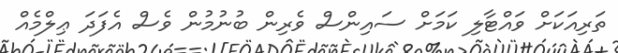
ތަރިއަކަށް ވައްޓާލި ކަމަށް ސައިންސް ވެރިން ބުނުމުން ވެސް އެފަދަ ޢިލްމެއް